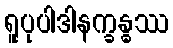
ရူပုပါဒါနက္ခန္ဓဿ